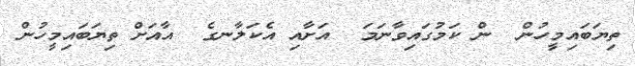
ތިޔަބައިމީހުން  ން ކަމުގައިވާނަމަ  އަށާއި އެކަލާނގެ  އާއަށް ތިޔަބައިމީހުން